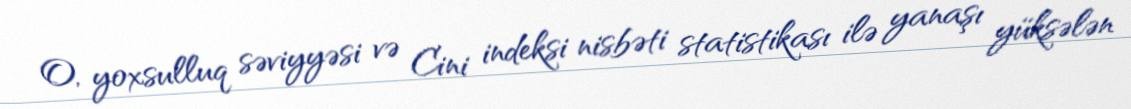
O, yoxsulluq səviyyəsi və Cini indeksi nisbəti statistikası ilə yanaşı yüksələn